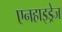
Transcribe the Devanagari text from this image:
एनहाइड्रेज